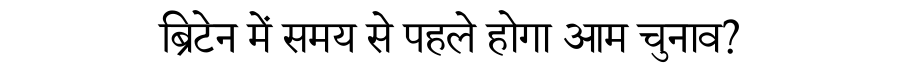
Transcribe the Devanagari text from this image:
ब्रिटेन में समय से पहले होगा आम चुनाव?